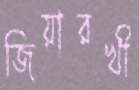
জিয়ারখী